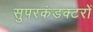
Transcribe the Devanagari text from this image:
सुपरकंडक्टरों